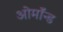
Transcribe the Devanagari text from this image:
ओर्मॉन्ड